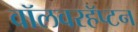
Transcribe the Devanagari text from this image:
वॉलवरहॅप्टन